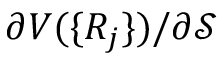
\partial V ( \{ R _ { j } \} ) / \partial \mathcal { S }